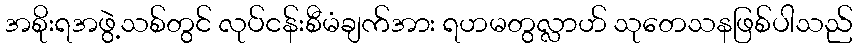
အစိုးရအဖွဲ့သစ်တွင် လုပ်ငန်းစီမံချက်အား ရဟမတွလ္လာဟ် သုတေသနဖြစ်ပါသည်